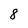
Character: 8